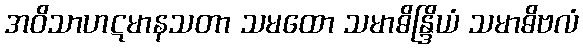
အဝိသာဟဋမာနသတာ သမထော သမာဓိန္ဒြိယံ သမာဓိဗလံ